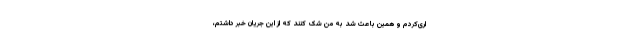
اری‌کردم و همین باعث شد به من شک‌ کنند که از این جریان خبر داشتم،